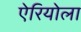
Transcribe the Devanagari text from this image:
ऐरियोला